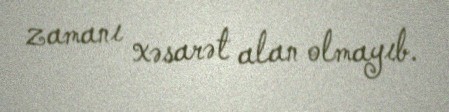
zamanı xəsarət alan olmayıb.